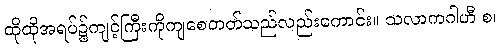
ထိုထိုအရပ်၌ကျင့်ကြီးကိုကျစေတတ်သည်လည်းကောင်း။ သလာကဂါဟီ စ၊